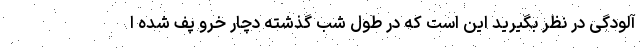
آلودگی در نظر بگیرید این است که در طول شب گذشته دچار خرو پف شده ا